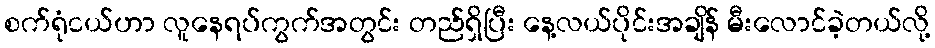
စက်ရုံငယ်ဟာ လူနေရပ်ကွက်အတွင်း တည်ရှိပြီး နေ့လယ်ပိုင်းအချိန် မီးလောင်ခဲ့တယ်လို့